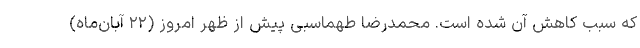
که سبب کاهش آن شده است. محمدرضا طهماسبی پیش از ظهر امروز (۲۲ آبان‌ماه)